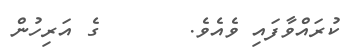
ކުރައްވާފައި ވެއެވެ.       ގެ އަރިހުން